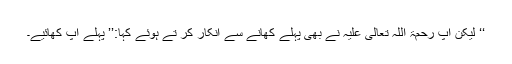
‘‘ لیکن آپ رحمۃ اللہ تعالیٰ علیہ نے بھی پہلے کھانے سے انکار کر تے ہوئے کہا:’’ پہلے آپ کھائیے۔